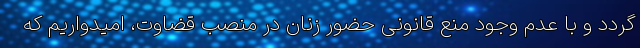
گردد و با عدم وجود منع قانونی حضور زنان در منصب قضاوت، امیدواریم که